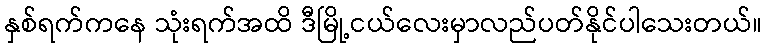
နှစ်ရက်ကနေ သုံးရက်အထိ ဒီမြို့ငယ်လေးမှာလည်ပတ်နိုင်ပါသေးတယ်။